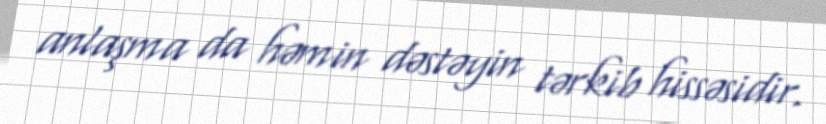
anlaşma da həmin dəstəyin tərkib hissəsidir.